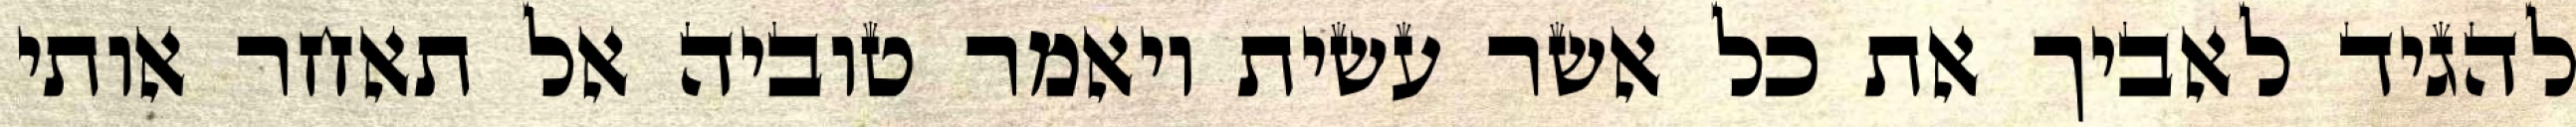
להגיד לאביך את כל אשר עשית ויאמר טוביה אל תאחר אותי